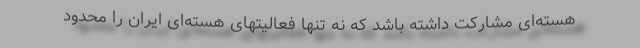
هسته‌ای مشارکت داشته باشد که نه تنها فعالیتهای هسته‌ای ایران را محدود